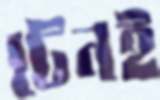
টেনই